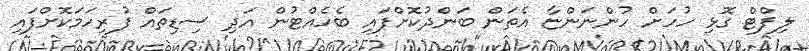
ލިފްޓް ގޮޅި ހުހަށް ހުންނަންޏާ އެތަން ބަންދުކޮށްފައި ބެހެއްޓުން އަދި ސިޑިތައް ފުރިހަމަކޮށްފައި